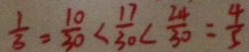
\frac { 1 } { 3 } = \frac { 1 0 } { 3 0 } < \frac { 1 7 } { 3 0 } < \frac { 2 4 } { 3 0 } = \frac { 4 } { 5 }